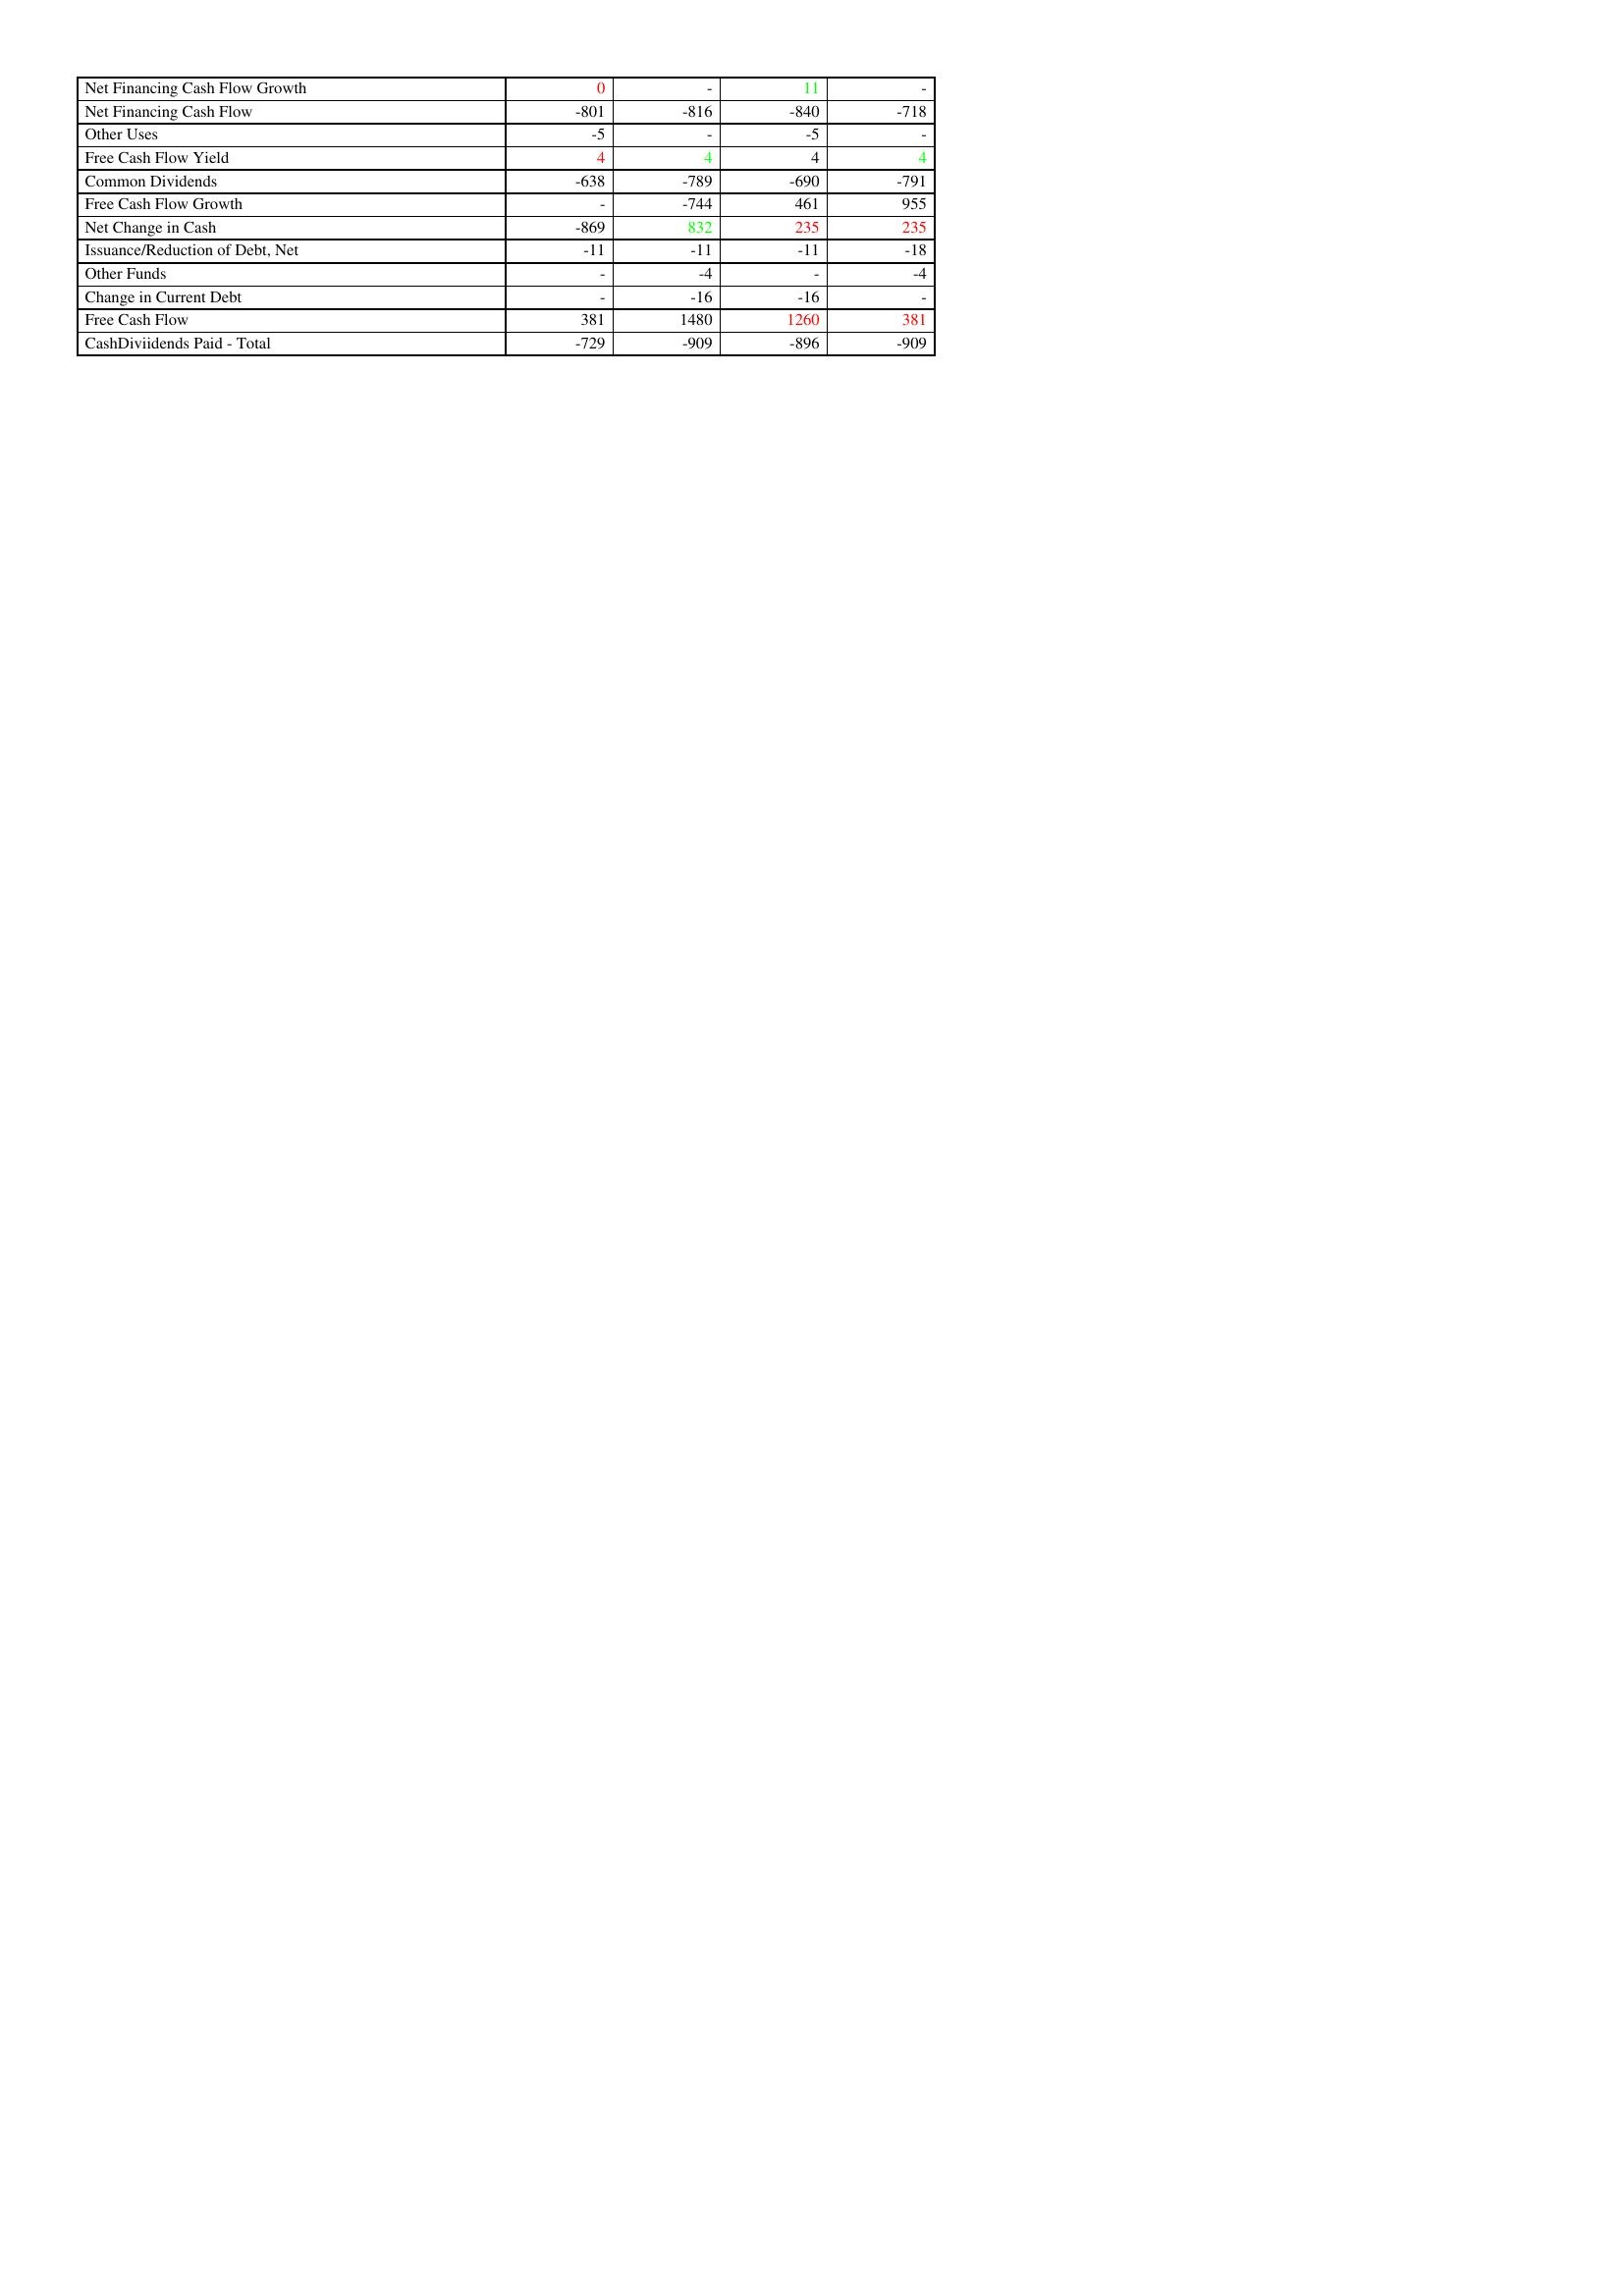
gt_parse: 2019: Financing Activities: Net Financing Cash Flow Growth: 0
Net Financing Cash Flow: -801
Other Uses: -5
Free Cash Flow Yield: 4
Common Dividends: -638
Free Cash Flow Growth: -
Net Change in Cash: -869
Issuance/Reduction of Debt, Net: -11
Other Funds: -
Change in Current Debt: -
Free Cash Flow: 381
CashDiviidends Paid - Total: -729
2020: Financing Activities: Net Financing Cash Flow Growth: -
Net Financing Cash Flow: -816
Other Uses: -
Free Cash Flow Yield: 4
Common Dividends: -789
Free Cash Flow Growth: -744
Net Change in Cash: 832
Issuance/Reduction of Debt, Net: -11
Other Funds: -4
Change in Current Debt: -16
Free Cash Flow: 1480
CashDiviidends Paid - Total: -909
2021: Financing Activities: Net Financing Cash Flow Growth: 11
Net Financing Cash Flow: -840
Other Uses: -5
Free Cash Flow Yield: 4
Common Dividends: -690
Free Cash Flow Growth: 461
Net Change in Cash: 235
Issuance/Reduction of Debt, Net: -11
Other Funds: -
Change in Current Debt: -16
Free Cash Flow: 1260
CashDiviidends Paid - Total: -896
2022: Financing Activities: Net Financing Cash Flow Growth: -
Net Financing Cash Flow: -718
Other Uses: -
Free Cash Flow Yield: 4
Common Dividends: -791
Free Cash Flow Growth: 955
Net Change in Cash: 235
Issuance/Reduction of Debt, Net: -18
Other Funds: -4
Change in Current Debt: -
Free Cash Flow: 381
CashDiviidends Paid - Total: -909